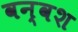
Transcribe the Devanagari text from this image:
वन्वश